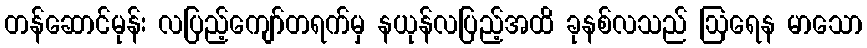
တန်ဆောင်မုန်း လပြည့်ကျော်တရက်မှ နယုန်လပြည့်အထိ ခုနစ်လသည် ဩရေန မာသော